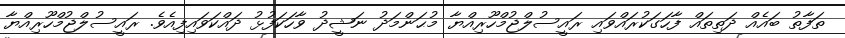
ތަފާތު ބައެއް ދަތިތައް ފާހަގަކުރައްވައި ރައީސުލްޖުމްހޫރިއްޔާ މުޙަންމަދު ނަޝީދު ވާހަކަފުޅު ދައްކަވައިފިއެވެ. ރައީސުލްޖުމްހޫރިއްޔާ